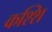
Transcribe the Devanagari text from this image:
कश्शि